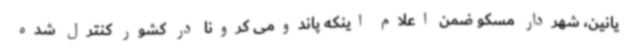
یانین، شهردار مسکو ضمن اعلام اینکه پاندومی کرونا در کشور کنترل شده